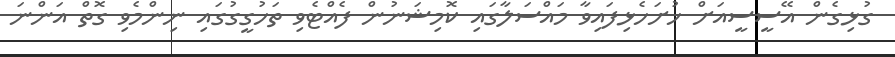
ގުޅިގެން އޭސީސީއަށް ހުށަހެޅިފައިވާ މައްސަލާގައި ކޮމިޝަނުން ފެއްޓެވި ތަހުގީގުގައި ނިންމެވި ގޮތް އަންނަ